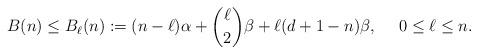
LaTeX: \begin{align*} B(n) \leq B_\ell(n) := (n-\ell)\alpha + \binom{\ell}{2} \beta + \ell (d+1-n) \beta, ~~~~0 \leq \ell \leq n.\end{align*}